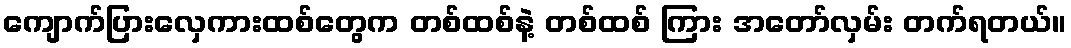
ကျောက်ပြားလှေကားထစ်တွေက တစ်ထစ်နဲ့ တစ်ထစ် ကြား အတော်လှမ်း တက်ရတယ်။